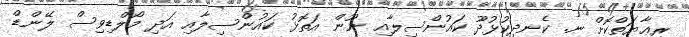
ރިޢާޔަތްކޮށް ނ. ކެނދިކުޅުދޫ ކައުންސިލާއި ނޫން އަތޮޅު ކައުންސިލާއި އަދި މޯލްޑިވިސް ލޭންޑް